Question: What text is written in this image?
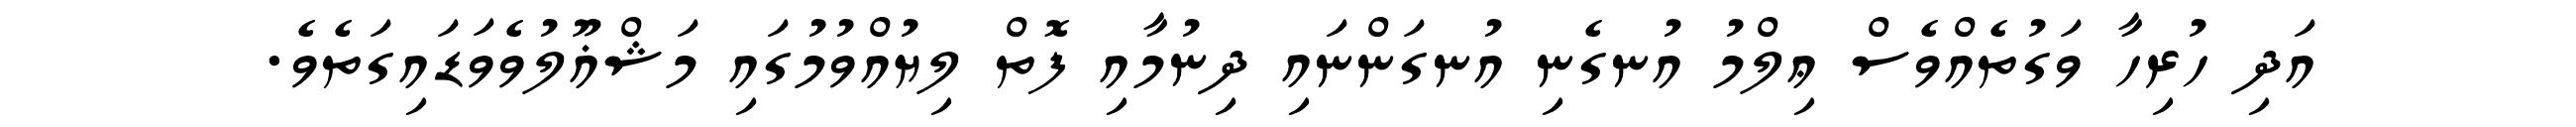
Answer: އަދި ހުރިހާ ވަގުތެއްވެސް ޢިލްމު އުނގެނި އުނގަންނައި ދިނުމާއި ފޮތް ލިޔުއްވުމުގައި މަޝްޣޫލުވެވަޑައިގަތެވެ.